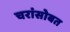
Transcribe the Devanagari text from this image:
चरांसोबत